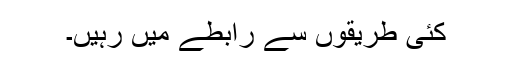
کئی طریقوں سے رابطے میں رہیں۔